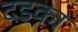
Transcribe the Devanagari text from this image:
दड़का